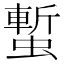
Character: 𧐮